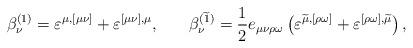
LaTeX: \begin{align*}\beta _\nu ^{(1)}=\varepsilon ^{\mu ,[\mu \nu ]}+\varepsilon^{[\mu \nu ],\mu } ,\hspace{0.3in}\beta _\nu^{(\widetilde{1})}=\frac 12e_{\mu \nu \rho \omega }\left(\varepsilon ^{\widetilde{\mu },[\rho \omega ]}+\varepsilon ^{[\rho\omega ],\widetilde{\mu }}\right) , \end{align*}